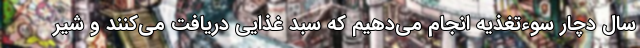
سال دچار سوءتغذیه انجام می‌دهیم که سبد غذایی دریافت می‌کنند و شیر